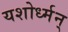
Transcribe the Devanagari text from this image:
यशोर्ध्मन्